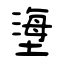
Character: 塰